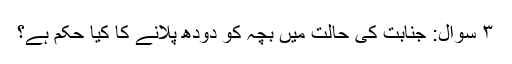
۳ سوال: جنابت کی حالت میں بچہ کو دودھ پلانے کا کیا حکم ہے؟